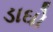
ડાઘો